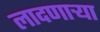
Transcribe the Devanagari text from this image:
लादणाऱ्या